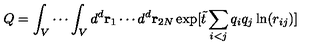
Q = \int _ { V } \cdots \int _ { V } d ^ { d } { \bf r } _ { 1 } \cdots d ^ { d } { \bf r } _ { 2 N } \exp [ { \tilde { t } } \sum _ { i < j } q _ { i } q _ { j } \ln ( r _ { i j } ) ]